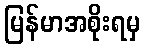
မြန်မာအစိုးရမှ